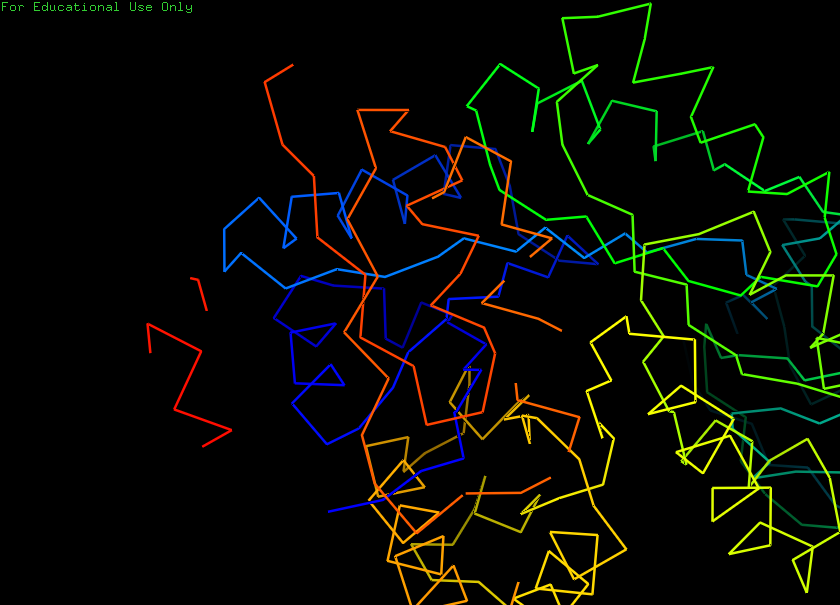
pymol, preset, ligand_sites_trans